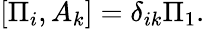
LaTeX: [\Pi_{i},A_{k}]=\delta_{ik}\Pi_{1}.